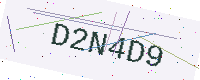
Text: D2N4D9